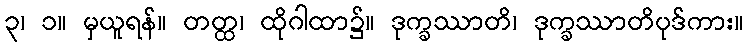
၃၊ ၁။ မှယူရန်။ တတ္ထ၊ ထိုဂါထာ၌။ ဒုက္ခဿာတိ၊ ဒုက္ခဿာတိပုဒ်ကား။